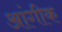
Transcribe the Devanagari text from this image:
आंगीक